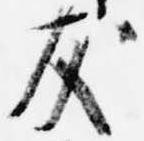
友